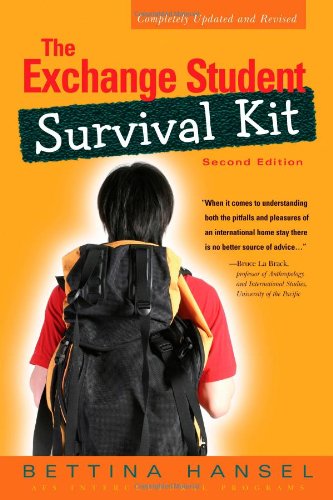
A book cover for The Exchange Student Survival Kit; Bettina Hansel; Travel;